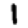
Digit: 1